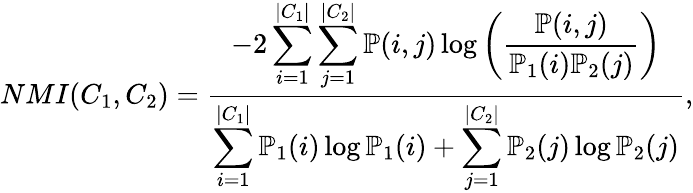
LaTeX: NMI(C_{1},C_{2})=\frac{-2\displaystyle\sum_{i=1}^{|C_{1}|}\sum_{j=1}^{|C_{2}|}\mathbb{P}(i,j)\log\left(\frac{\mathbb{P}(i,j)}{\mathbb{P}_{1}(i)\mathbb{P}_{2}(j)}\right)}{\displaystyle\sum_{i=1}^{|C_{1}|}\mathbb{P}_{1}(i)\log\mathbb{P}_{1}(i)+\displaystyle\sum_{j=1}^{|C_{2}|}\mathbb{P}_{2}(j)\log\mathbb{P}_{2}(j)}{,}